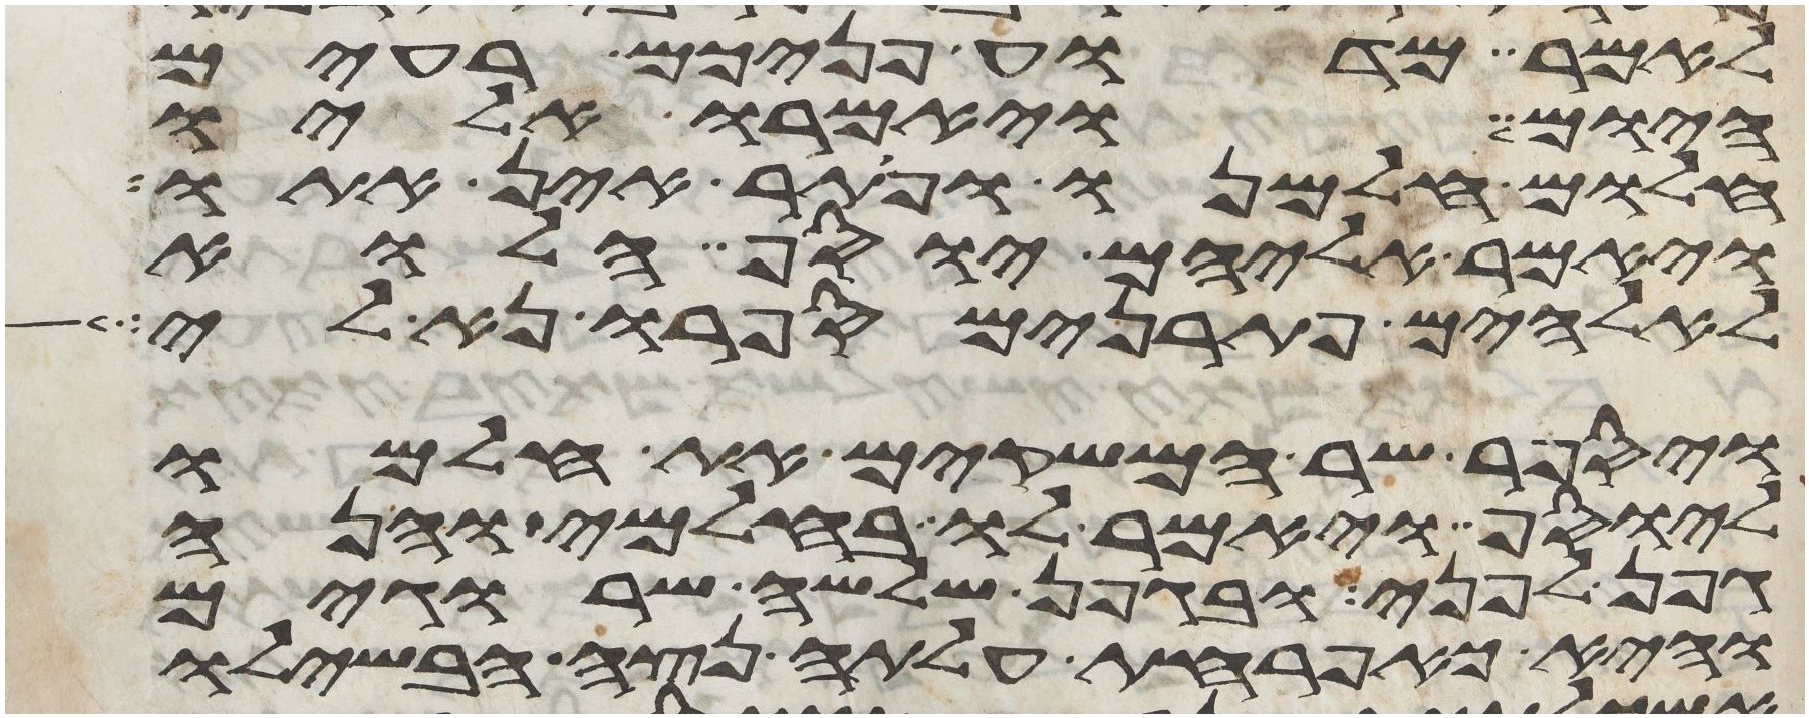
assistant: לאמר מדוע פניכם רעים
היום ויאמרו אליו
חלום חלמנו ופתר אין אתו
ויאמר אליהם יוסף הלוא
לאלהים פתרנים ספרו נא לי
ויספר שר המשקים את חלמו
ליוסף ויאמר לו בחלמי והנה
גפן לפני ובגפן שלשה שרוגים
והיא כאפרחת עלתה נצה הבשילו